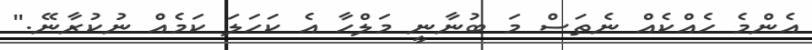
އެންމެ ހެއްކެއް ނެތަސް މަ ބުނާނީ މަލްހާ އެ ކަހަލަ ކަމެއް ނުކުރާނޭ."